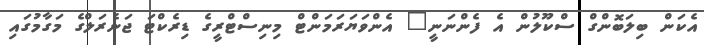
އެކަން ބިލަބޮންގް ސްކޫލުން އެ ފެންނަނީ" އެންވަޔަރަމަންޓް މިނިސްޓްރީގެ ޑިރެކްޓަ ޖަނެރަލްގެ މަގާމުގައި